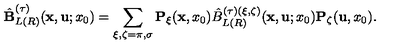
\hat { \bf B } _ { L ( R ) } ^ { ( \tau ) } ( { \bf x } , { \bf u } ; x _ { 0 } ) = \sum _ { \xi , \zeta = \pi , \sigma } { \bf P } _ { \xi } ( { \bf x } , x _ { 0 } ) \hat { B } _ { L ( R ) } ^ { ( \tau ) ( \xi , \zeta ) } ( { \bf x } , { \bf u } ; x _ { 0 } ) { \bf P } _ { \zeta } ( { \bf u } , x _ { 0 } ) .